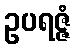
ဥပရဇ္ဇံ